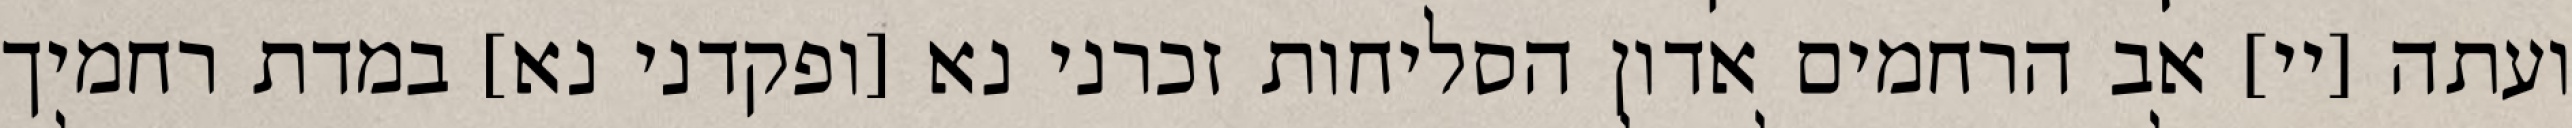
ועתה [יי] אב הרחמים אדון הסליחות זכרני נא [ופקדני נא] במדת רחמיך